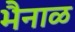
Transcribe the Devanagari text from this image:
भैनाळ